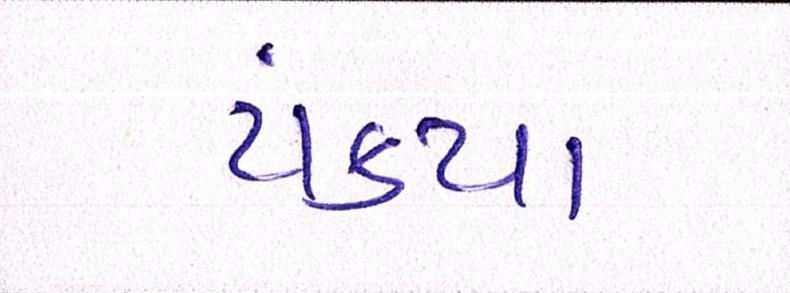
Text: ટાંક્યા